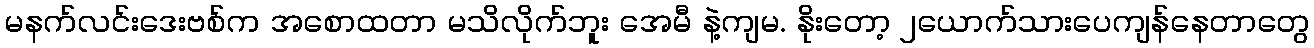
မနက်လင်းဒေးဗစ်က အစောထတာ မသိလိုက်ဘူး အေမီ နဲ့ကျမ. နိုးတော့ ၂ယောက်သားပေကျန်နေတာတွေ